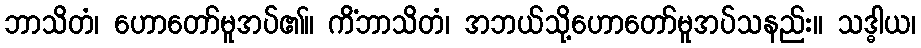
ဘာသိတံ၊ ဟောတော်မူအပ်၏။ ကိံဘာသိတံ၊ အဘယ်သို့ဟောတော်မူအပ်သနည်း။ သဒ္ဓါယ၊